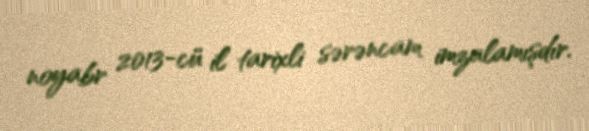
noyabr 2013-cü il tarixli sərəncam imzalamışdır.